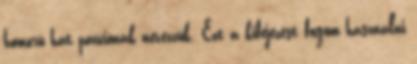
homorú hát pozíciónak nevezzük. Ezt a kifejezést fogom használni